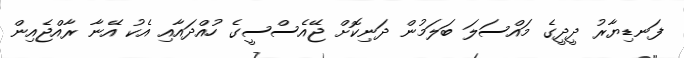
ފަނޑިޔާރު ދީދީގެ މައްސަލަ ބަލަމުން ދަނިކޮށް ޖޭއެސްސީގެ ހުއްދައާއި އެކު އޭނާ ރާއްޖެއިން